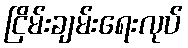
ငြိမ်းချမ်းရေးလုပ်